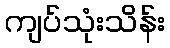
ကျပ်သုံးသိန်း